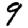
Digit: 9